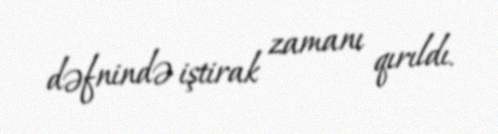
dəfnində iştirak zamanı qırıldı.